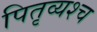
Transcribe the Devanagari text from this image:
पितृव्यश्च